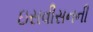
ઇસવીસનની